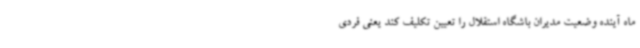
ماه آینده وضعیت مدیران باشگاه استقلال را تعیین تکلیف کند یعنی فردی